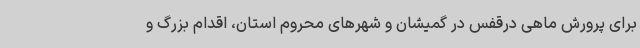
برای پرورش ماهی درقفس در گمیشان و شهرهای محروم استان، اقدام بزرگ و